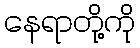
နေရာတို့ကို